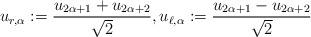
LaTeX: \begin{align*} u_{r,\alpha}:=\frac{u_{2\alpha+1}+u_{2\alpha+2}}{\sqrt{2}},u_{\ell,\alpha}:=\frac{u_{2\alpha+1}-u_{2\alpha+2}}{\sqrt{2}}\end{align*}